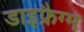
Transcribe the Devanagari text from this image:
डाइफ्रैग्म